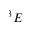
^ 3 E